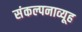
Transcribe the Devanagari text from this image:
संकल्पनाव्यूह